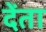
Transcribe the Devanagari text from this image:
देंता